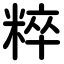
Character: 粹